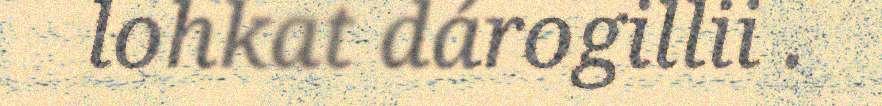
lohkat dárogillii .